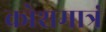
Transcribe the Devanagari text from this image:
क्रोशमात्रं